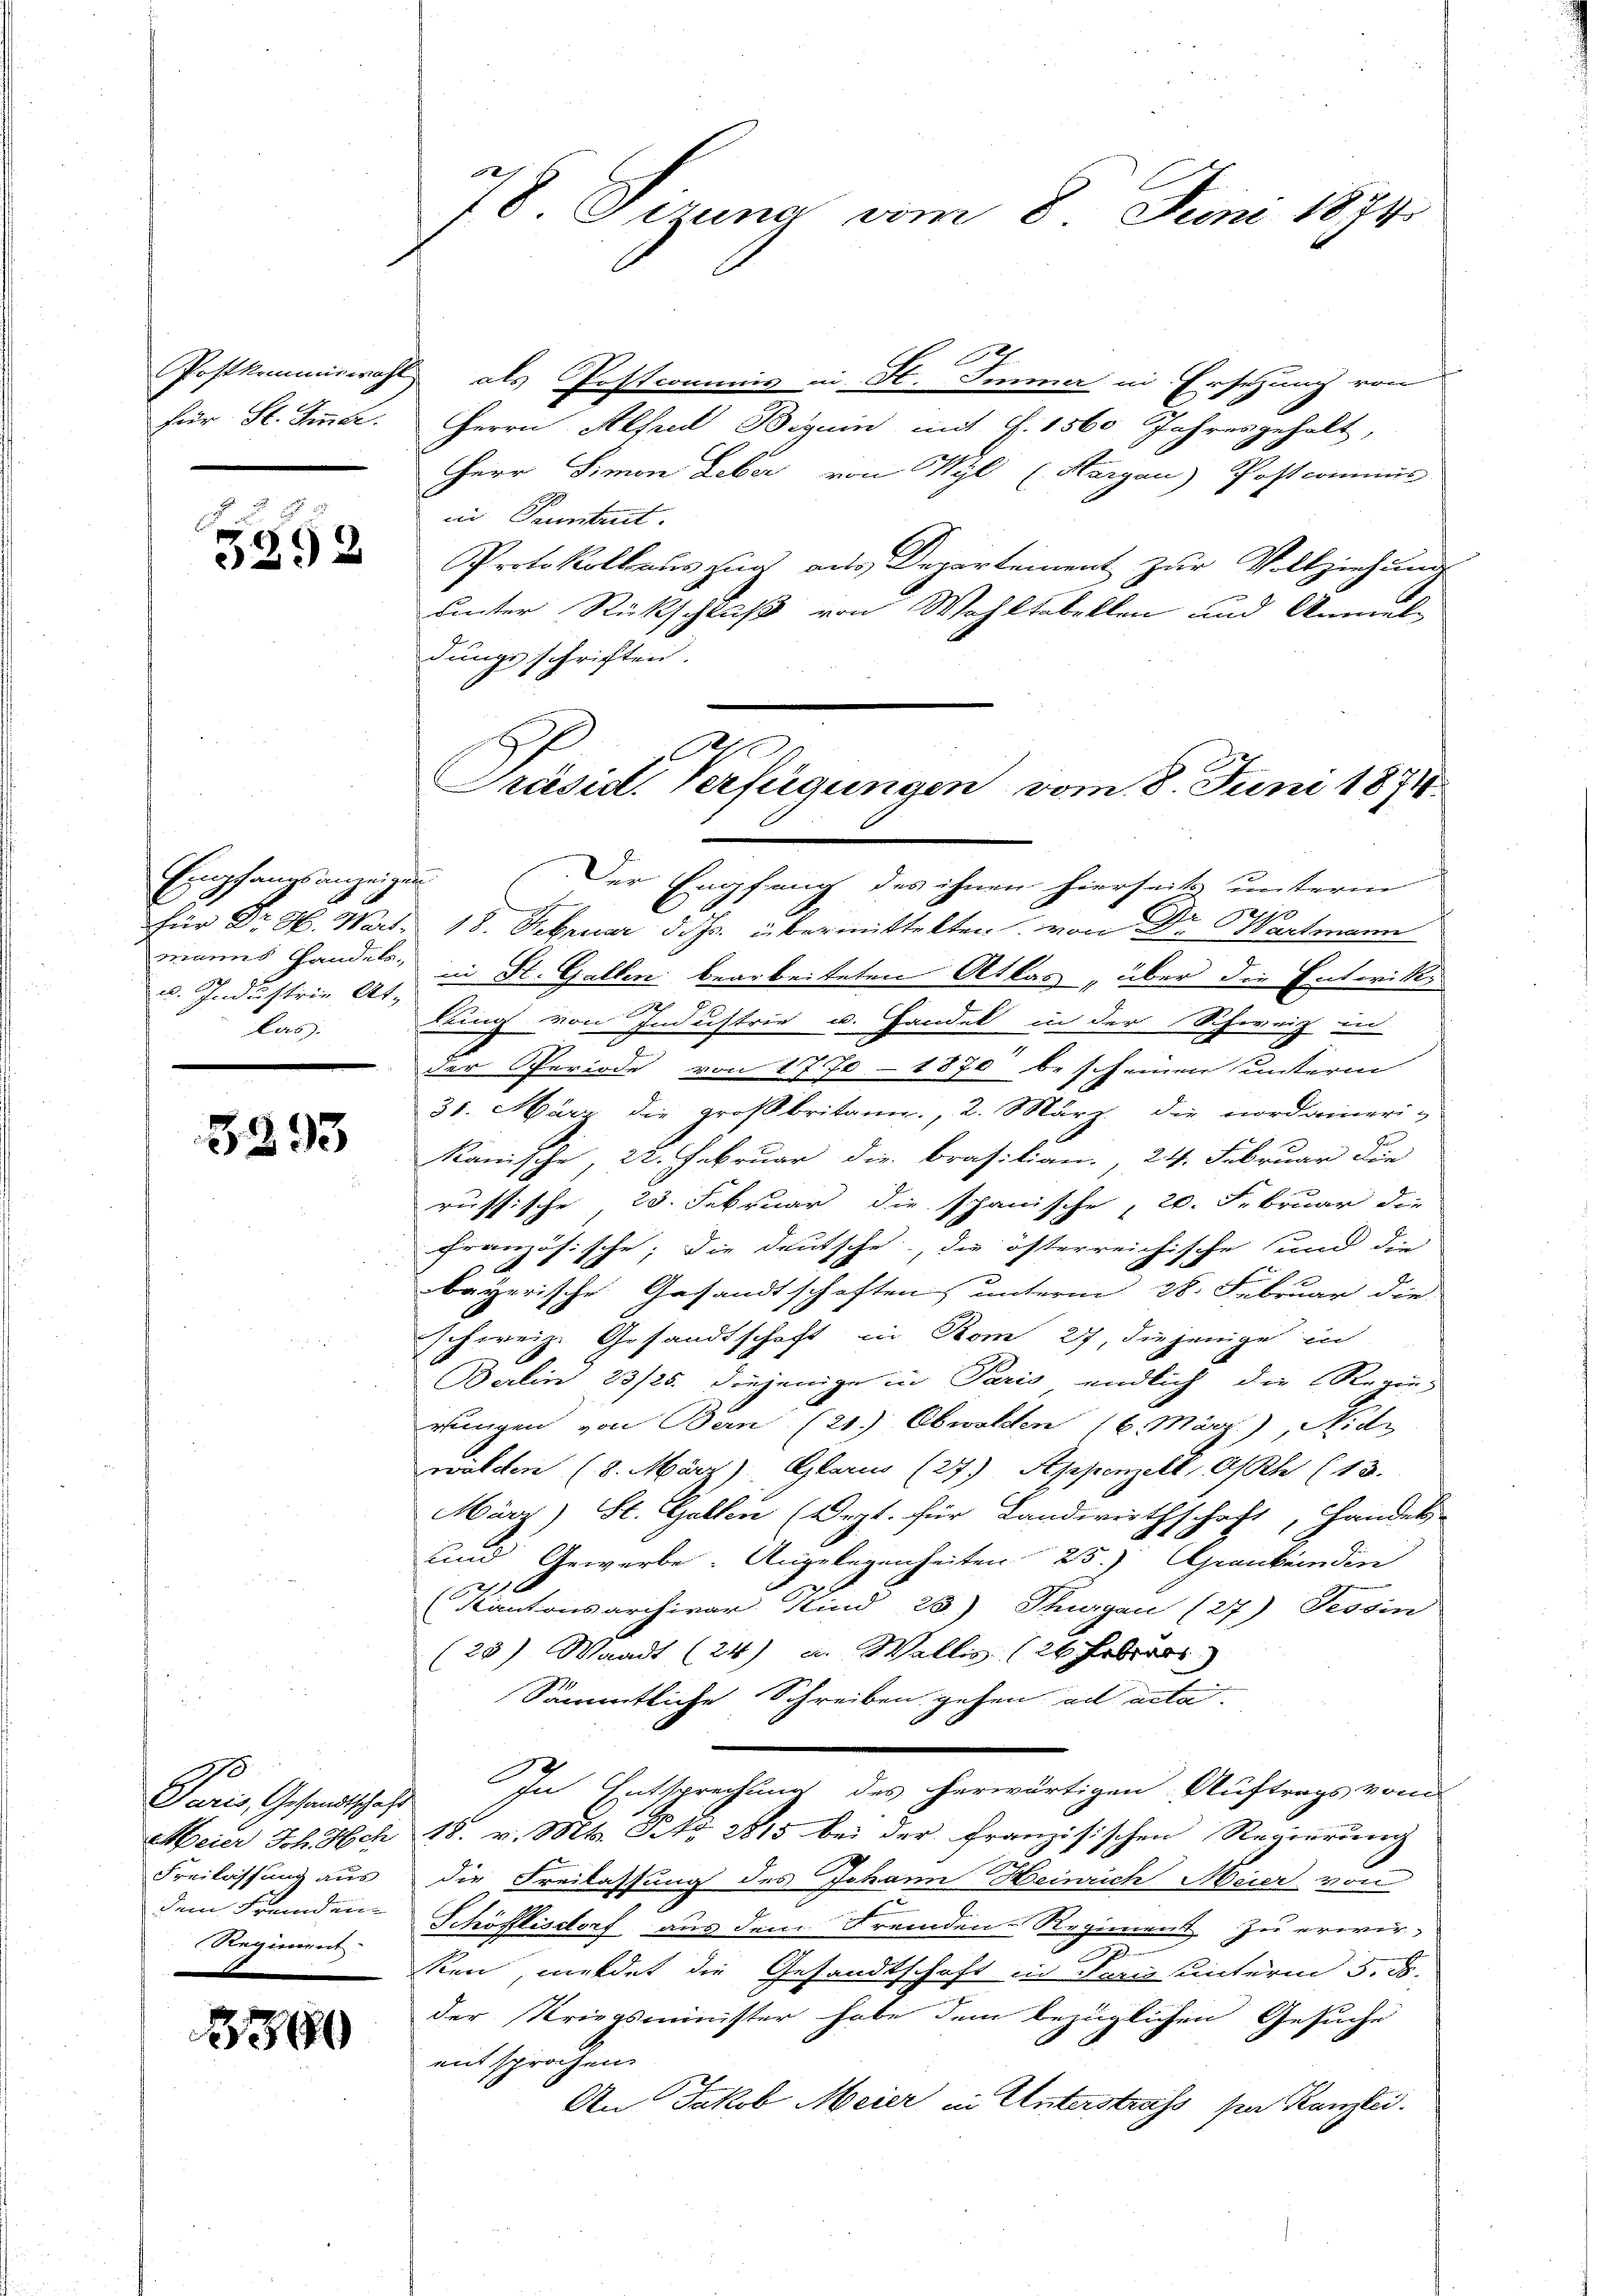
Postkommiswahl
für St. Finde.

5892

Empfangsanzeigen
C
für Dr. H. Wart.
manns Handels,
u. Industrie, At-
las.

3393

Paris, Gesandtschaft
Meier Joh. Hch.
Freilassung aus
dem Fremden
Regiment:

860

78. Sizung vom 8. Juni 1874

als Postcommis in H. Immer in Ersetzung von
Herrn Alfred Begum mit §. 1560 Jahresgehalt,
Herr Simon Leber von Wyl (Aargau) Postcommis
in Tuntrut.
Protokollaus zur aus Departement zur Vollziehungs
uinter Rückschluß von Wahltabellen und Anmel-
dungsschriften.
Der Empfang des ihnen hierseits unterm
18. Februar d. Js. übermittelten, von Dr Wartmann
in St. Gallen bearbeiteten Atlas „über die Entwicke
e
dung von Industrie u. Handel in der Schweiz in
der Periode von 1770 - 1870 bescheinen unterm
31. März die großbritann., 2. März die nordamerikanische, 22. Februar die Brasilian., 24. Februar die
r
russische 23. Februar die schanische, 20. Februar die
französische; die deutsche, die österreichische und die
bayerische Gesandtschaften unterm 28. Februar die
schweiz. Gesandtschaft in Rom 27, diejenige in
Berlin 23/25. diejenige in Paris endlich die Regens
rungen von Bern (21.) Obwalden 16. März), Nid
walden (8. März) Glarus (27) Appenzell, Osch (13.
März) St. Gallen (Dept. für Landwerthschaft, Handel
und Gewerbe. Angelegenheiten 25. Grankenden
(Kantonsarchivar Kind 25) Thurgau (27) Tessin
(23) Waadt (24) u. Wallis (26 febres
Sämmtliche Schreiben gehen ad acta.
18
In Entsprechung des herwärtigen Auftrags vom
15. v. Mts. Frk. 2815 bei der französischen Regierung
die Freilassung des Johann Heinrich Meier von
Schöfflisdorf aus dem Fremden-Regiment zu erwir-
e
ken, meldet die Gesandtschaft in Paris unterm 5. d.
der Kriegsminister habe dem bezüglichen Gesuche
entsprochen.
An Jakob Meier in Unterstrafs per Kanzlei.

Präsid. Verfügungen vom 8. Juni 1874.
.